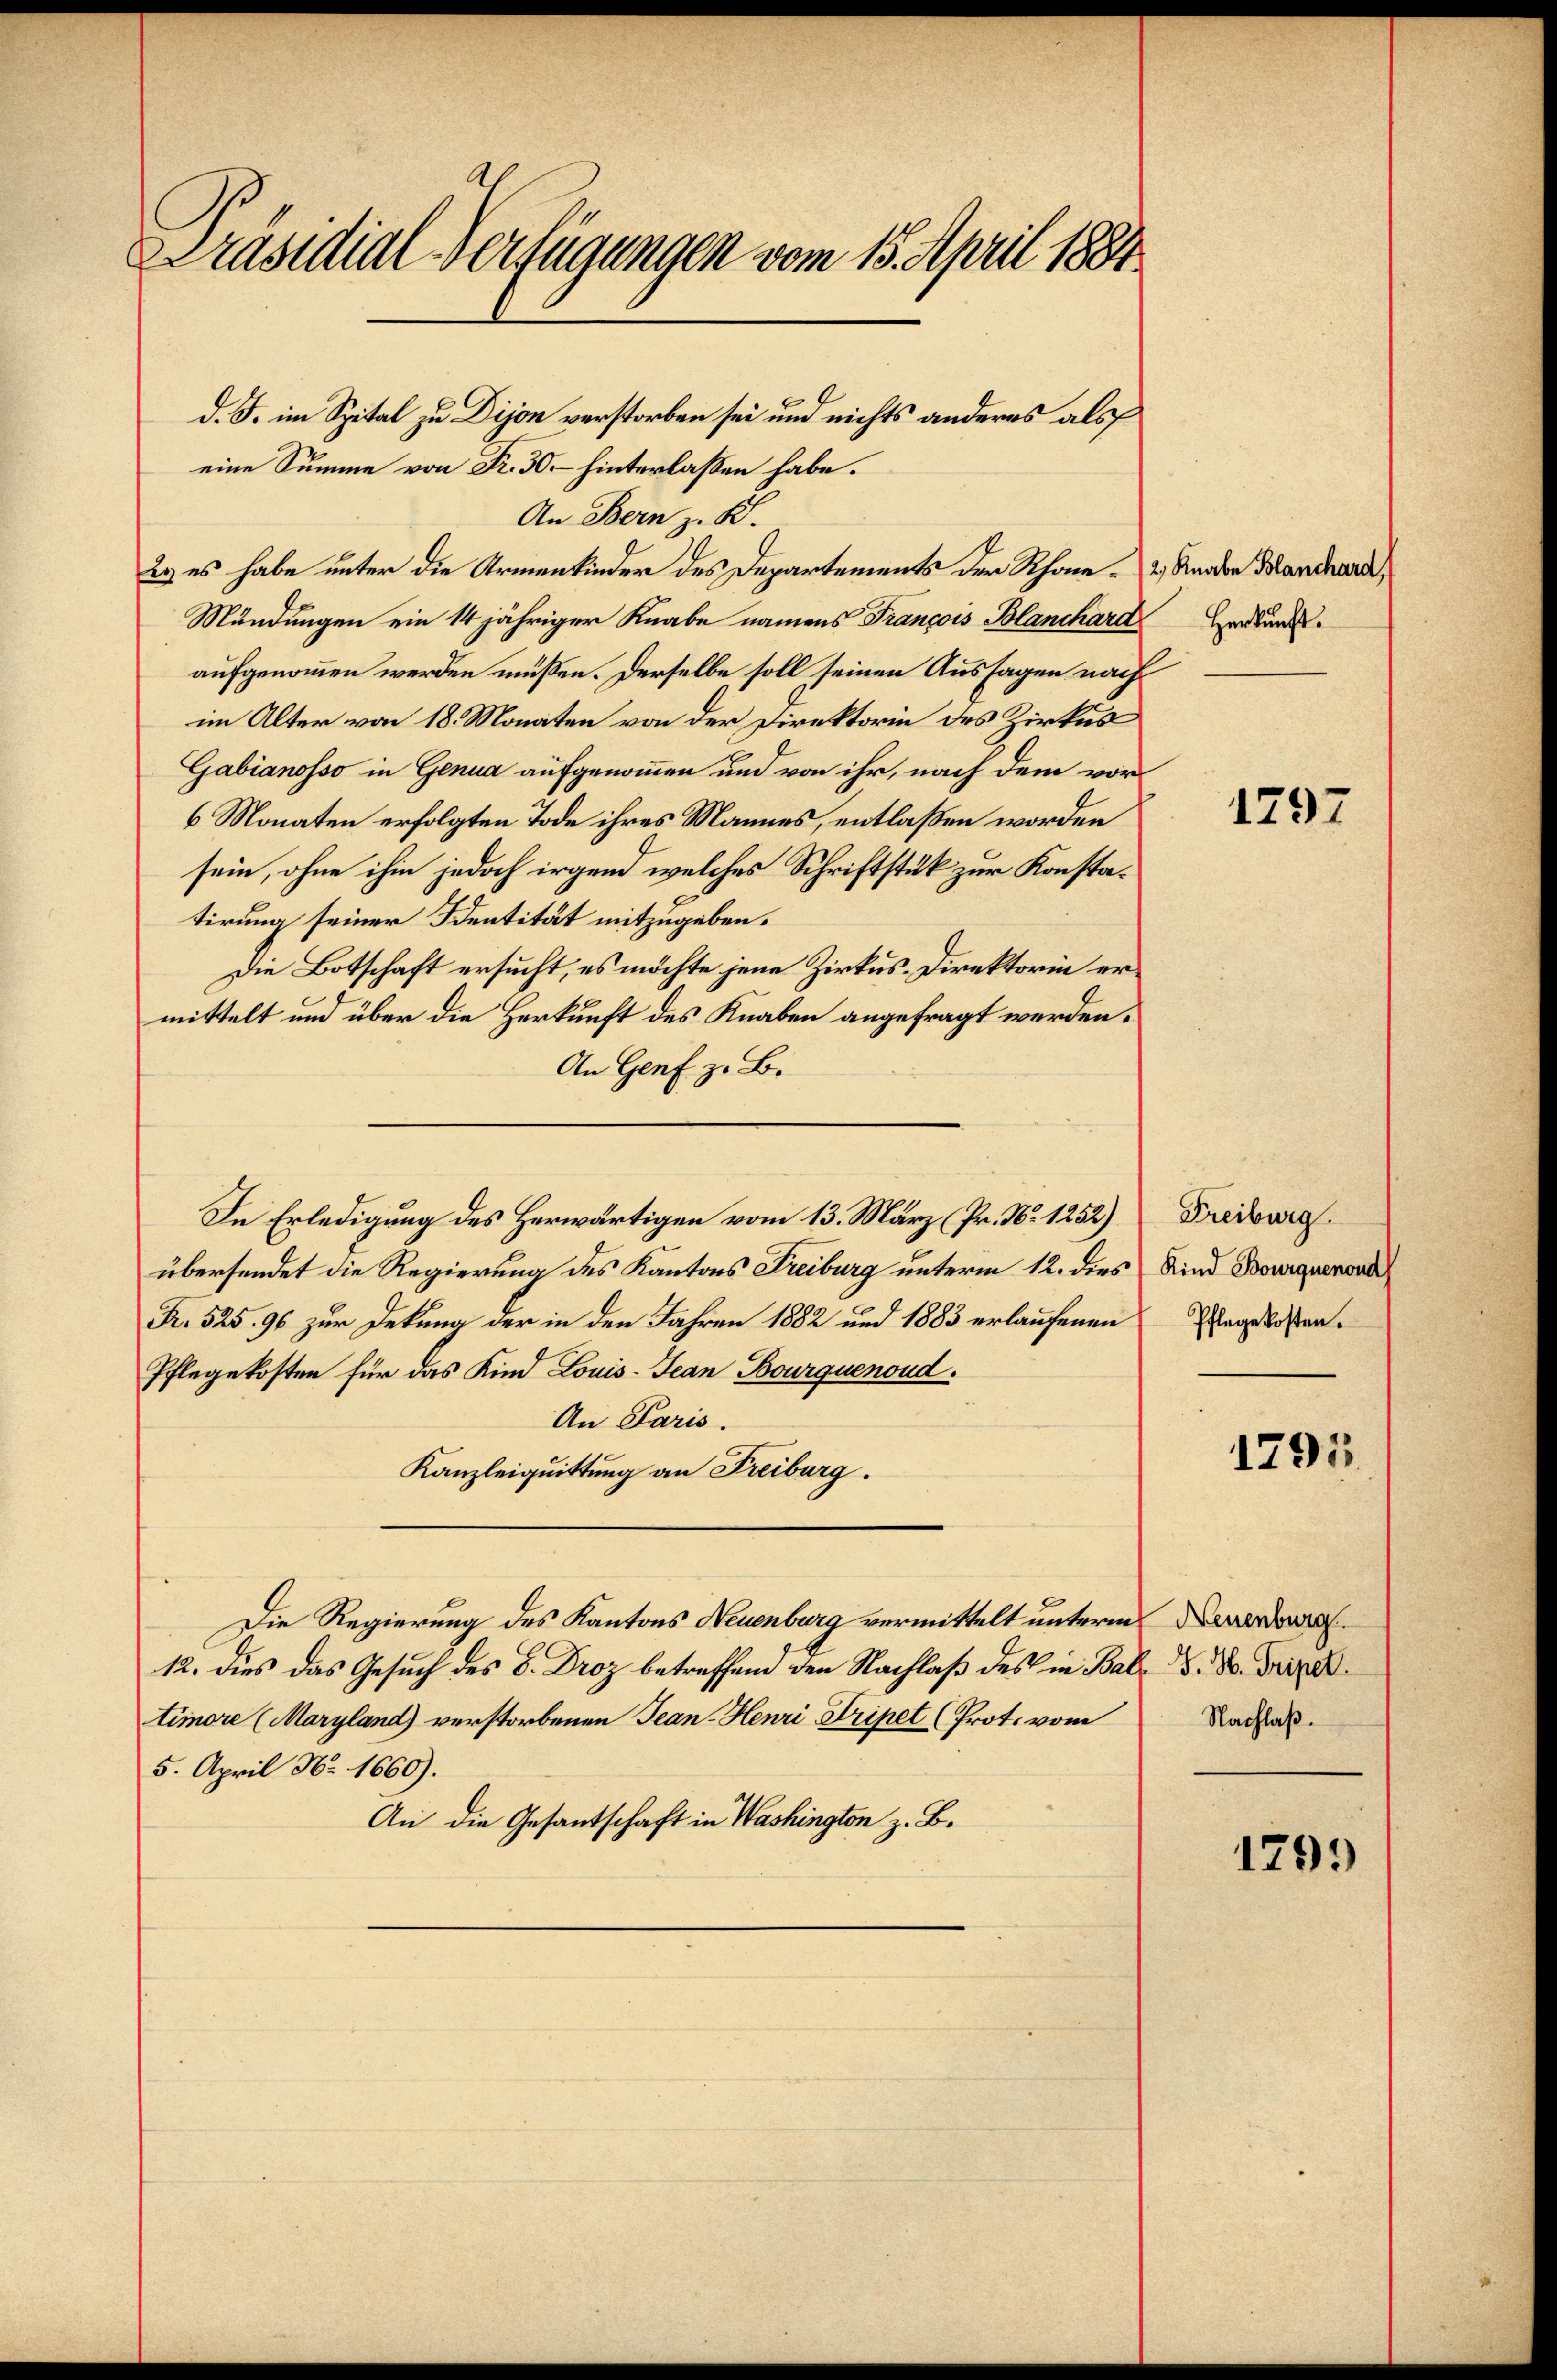
Präsidial-Verfügungen vom 15. April 1884

d. J. im Spital zu Dijon verstorben sei und nichts anderes als
eine Summe von Fr. 30. hinterlaßen habe.
An Bern z. B.
2. es habe unter die Armenkinder des Departements der Rhone- & Gnaden Manchard,
Mündungen ein 14 jähriger Knabe namens François Blanchard Herdunk
aufgenommen werden müßen. Derselbe soll seinen Aussagen nachim Alter von 18. Monaten von der Direktorin des Zirkus
Gabianosso in Genua aufgenommen und von ihr, nach dem vor¬
6 Monaten erfolgten Tode ihres Mannes, entlaßen worden
sein, ohne ihm jedoch irgend welches Schriftstük zur Konstatirung seiner Dentität mitzugeben.
Die Botschaft ersucht, es möchte jene Zirkus-Direktorin ermittelt und über die Herkunft des Knaben angefragt werden.
An Genf z. B.
In Erledigung des Herwärtigen vom 13. März (Pr. No 1252)
übersendet die Regierung des Kantons Freiburg unterm 12. dies Kind Bourquenond
R. 525. 96 zur Dekung der in den Jahren 1882 und 1883 erlaufenen
Pflegekosten für das Kind Louis-Jean Bourquenoud.
An Paris.
Kanzleiquittung an Freiburg.
Die Regierung des Kantons Neuenburg vermittelt unterm verda
12. dies das Gesuch des 8. Droz betreffend den Nachlaß des in Bald. Dr. Frizertimore (Maryland) verstorbenen Jean Henri Tripet (Prot. vom Nachlaß.
5. April Nr. 1660).
An die Gesantschaft in Washington z. B.

1797

Freiburg.
Pflege kosten.

1291

1799